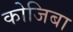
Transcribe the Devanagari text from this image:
कोजिबा